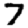
Digit: 7